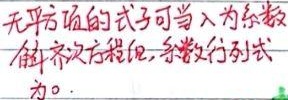
无平方项的式子可当\(\lambda\)为系数解齐次方程，系数行列式为\(0\)。